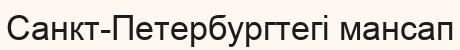
Санкт-Петербургтегі мансап